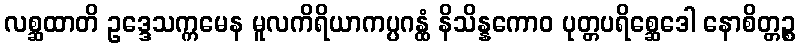
လစ္ဆထာတိ ဥဒ္ဒေသက္ကမေန မူလကိရိယာကပ္ပဂန္ထံ နိသိန္နကောဝ ပုတ္တပရိစ္ဆေဒေါ နောစိတ္တဉ္စ